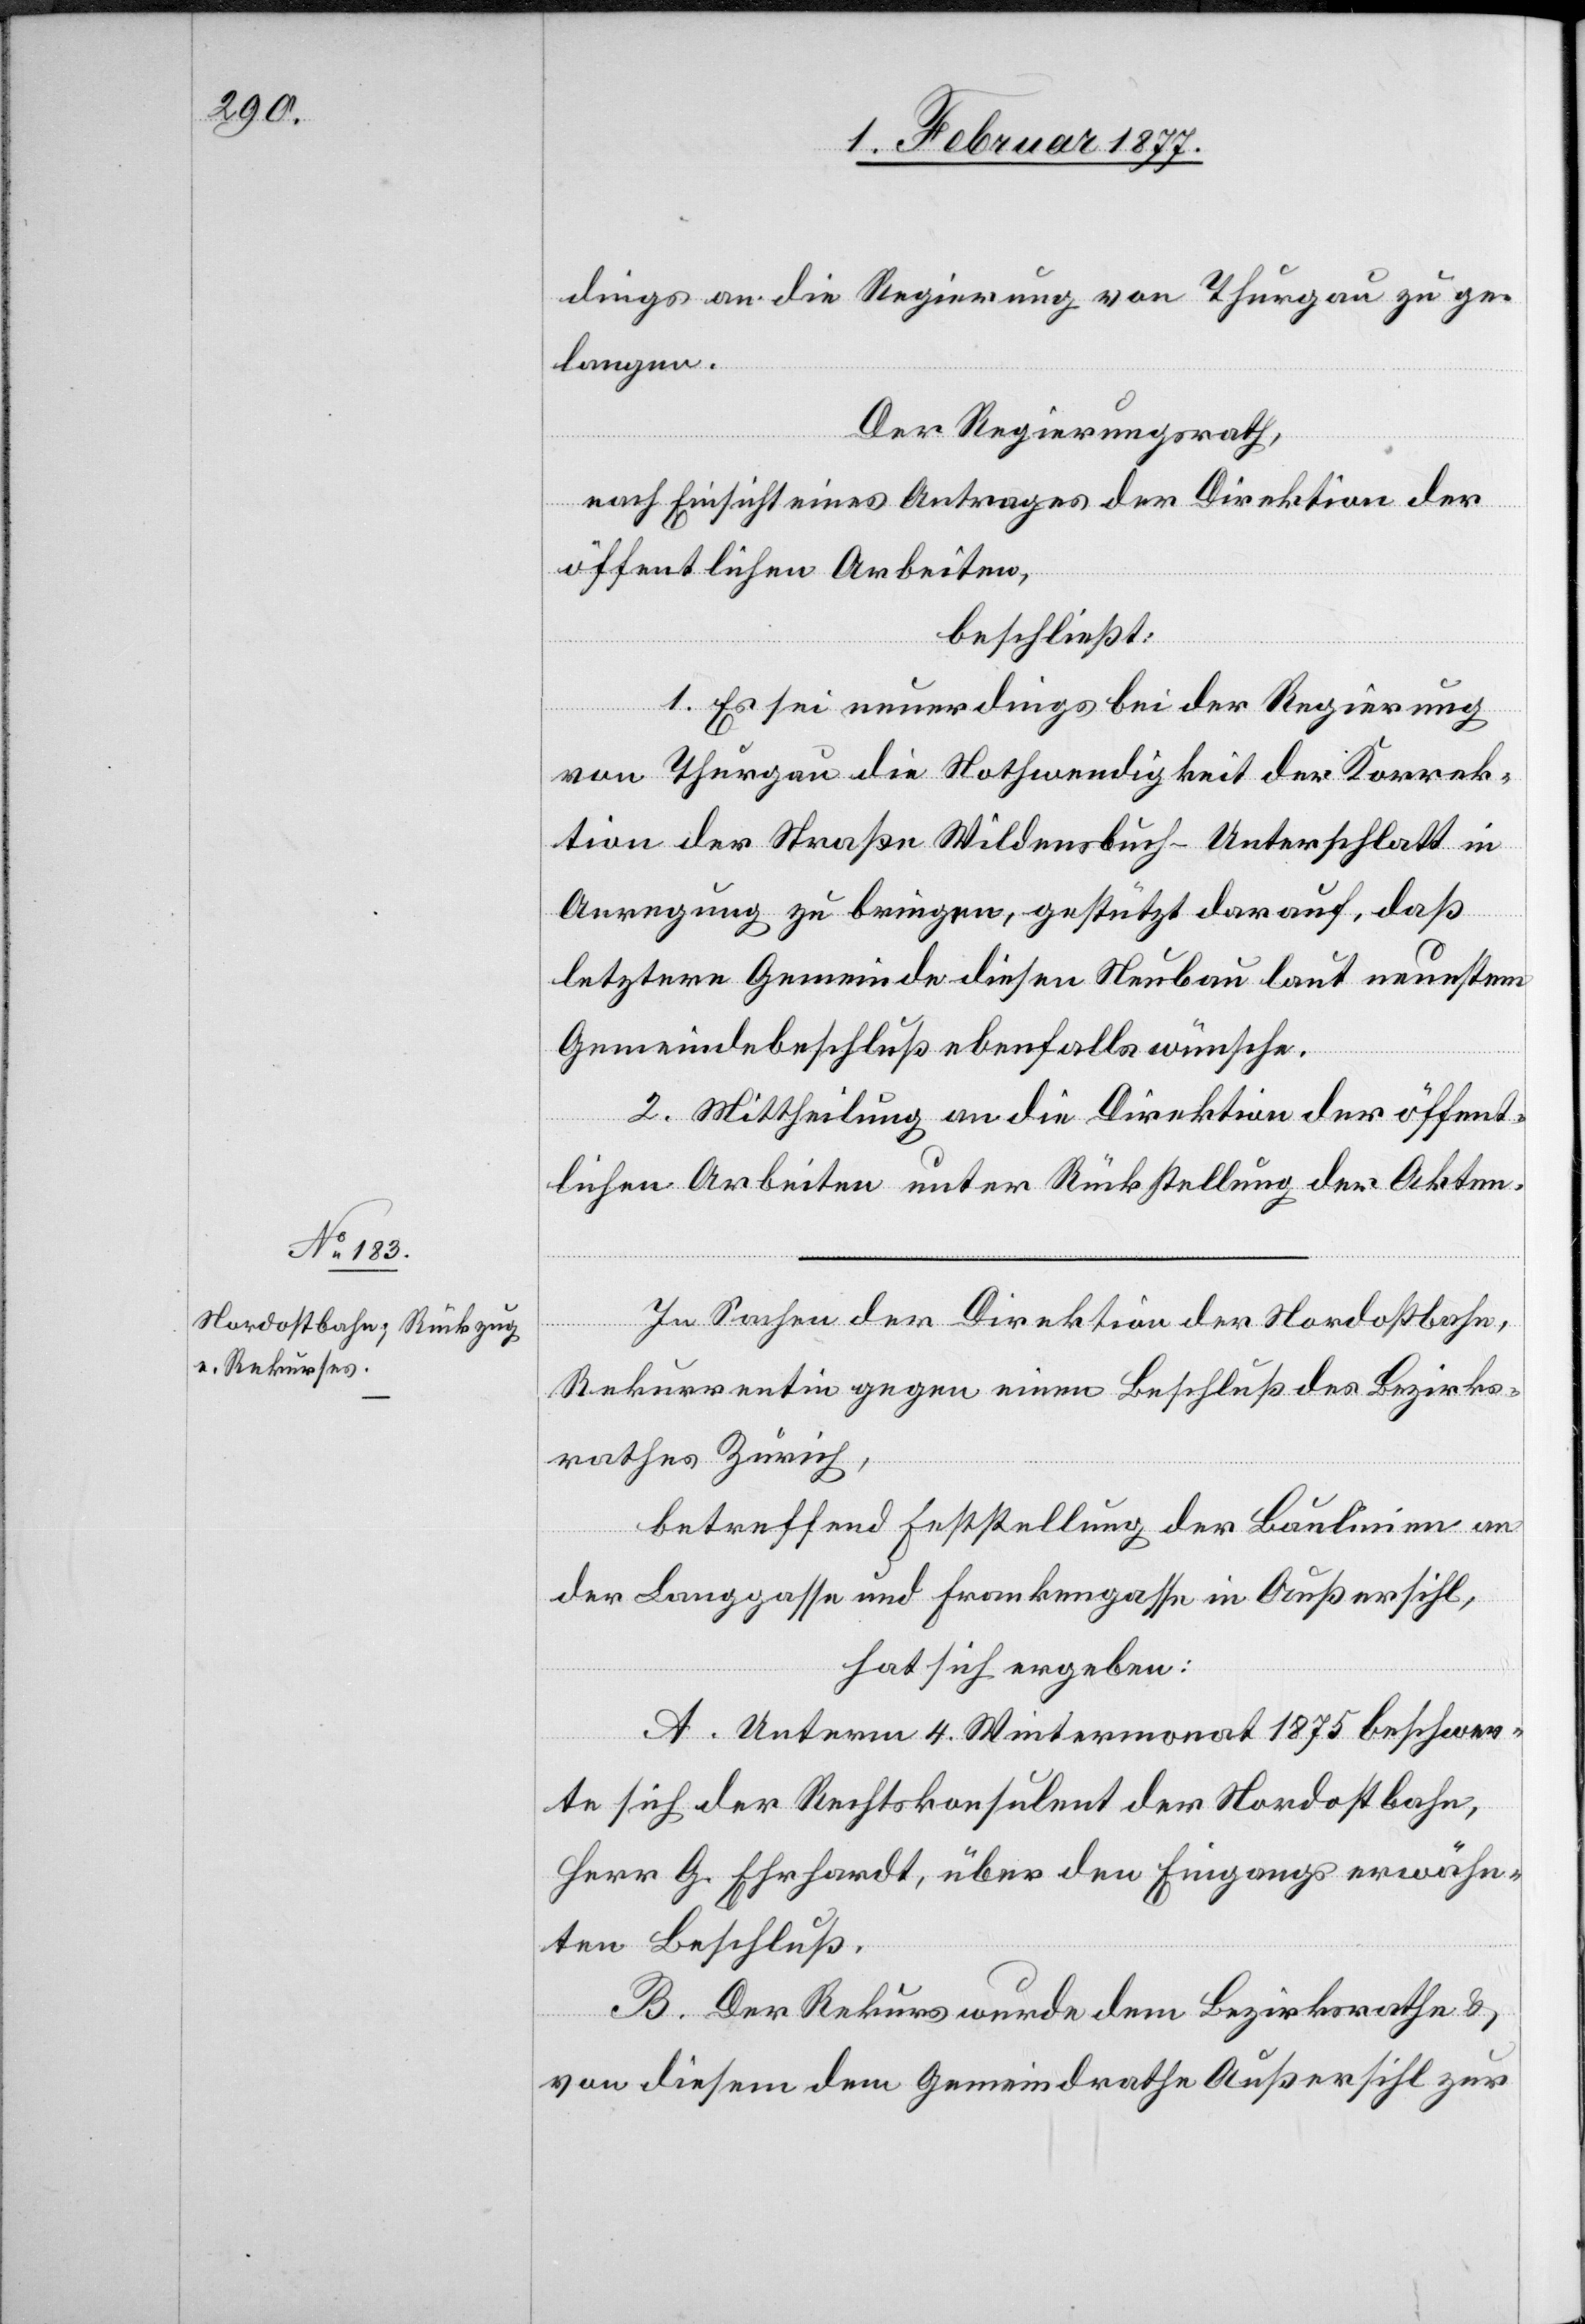
dings an die Regierung von Thurgau zu ge¬
langen.
Der Regierungsrath,
nach Einsicht eines Antrages der Direktion der
öffentlichen Arbeiten,
beschließt:
1. Es sei neuerdings bei der Regierung
von Thurgau die Nothwendigkeit der Korrek¬
tion der Straße Wildensbuch–Unterschlatt in
Anregung zu bringen, gestützt darauf, daß
letztere Gemeinde diesen Neubau laut neuestem
Gemeindebeschluß ebenfalls wünsche.
2. Mittheilung an die Direktion der öffent¬
lichen Arbeiten unter Rückstellung der Akten.
In Sachen der Direktion der Nordostbahn,
Rekurrentin gegen einen Beschluß des Bezirks¬
rathes Zürich,
betreffend Feststellung der Baulinien an
der Langgasse und Frankengasse in Außersihl,
hat sich ergeben:
A. Unterm 4. Wintermonat 1875 beschwer¬
te sich der Rechtskonsulent der Nordostbahn
Herr G. Ehrhardt, über den Eingangs erwähn¬
ten Beschluß.
B. Der Rekurs wurde dem Bezirksrathe &
von diesem dem Gemeindrathe Außersihl zur